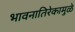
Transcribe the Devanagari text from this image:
भावनातिरेकामुळे